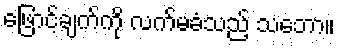
ဖြောင့်ချက်ကို လက်မခံသည့် သဘော။